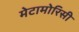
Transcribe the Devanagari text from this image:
मेटामोरिसी